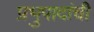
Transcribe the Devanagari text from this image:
प्रभुपादांची